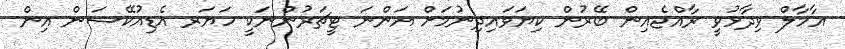
އާމާލް ވިދާޅުވީ ރާއްޖެއިން ބޭރުން ކިޔަވައިދިނުމަށް އަންނަ ޓީޗަރުންނަކީ ހަޔަރ އެޑިއުކޭޝަން އިން